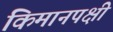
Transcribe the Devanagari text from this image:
किमानपक्षी